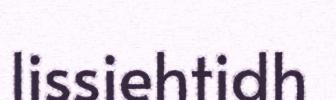
lissiehtidh